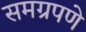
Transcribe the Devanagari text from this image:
समग्रपणे